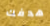
هدفك